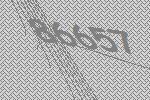
86657